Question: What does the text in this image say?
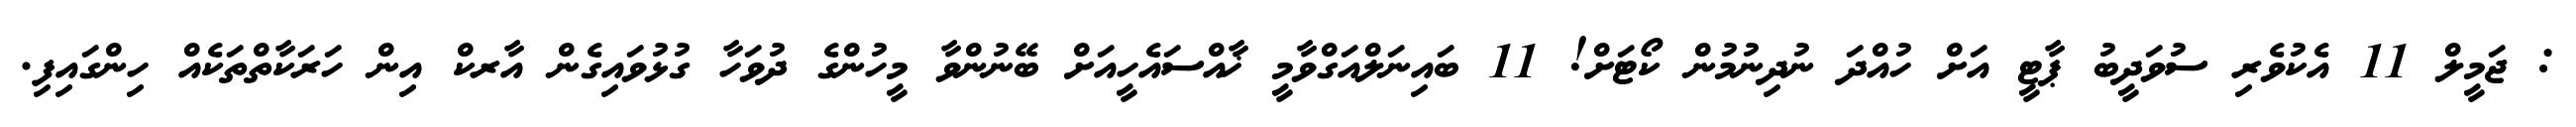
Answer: : ޖަމީލް 11 އެކުވެރި ސުވަދީބު ޕާޓީ އަށް ހުއްދަ ނުދިނުމުން ކޯޓަށް! 11 ބައިނަލްއަގްވާމީ ޚާއްސައެހީއަށް ބޭނުންވާ މީހުންގެ ދުވަހާ ގުޅުވައިގެން އާރކް އިން ހަރަކާތްތަކެއް ހިންގައިފި.